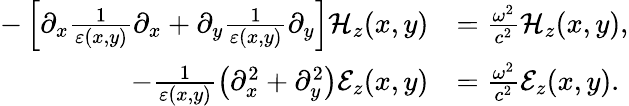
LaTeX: \begin{array}{rl}{-\left[\partial_{x}\frac{1}{\varepsilon(x,y)}\partial_{x}+\partial_{y}\frac{1}{\varepsilon(x,y)}\partial_{y}\right]\mathcal{H}_{z}(x,y)}&{=\frac{\omega^{2}}{c^{2}}\mathcal{H}_{z}(x,y),}\\ {-\frac{1}{\varepsilon(x,y)}\left(\partial_{x}^{2}+\partial_{y}^{2}\right)\mathcal{E}_{z}(x,y)}&{=\frac{\omega^{2}}{c^{2}}\mathcal{E}_{z}(x,y).}\end{array}